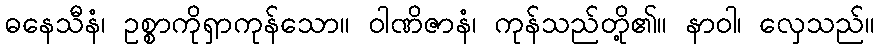
ဓနေသီနံ၊ ဥစ္စာကိုရှာကုန်သော။ ဝါဏိဇာနံ၊ ကုန်သည်တို့၏။ နာဝါ၊ လှေသည်။